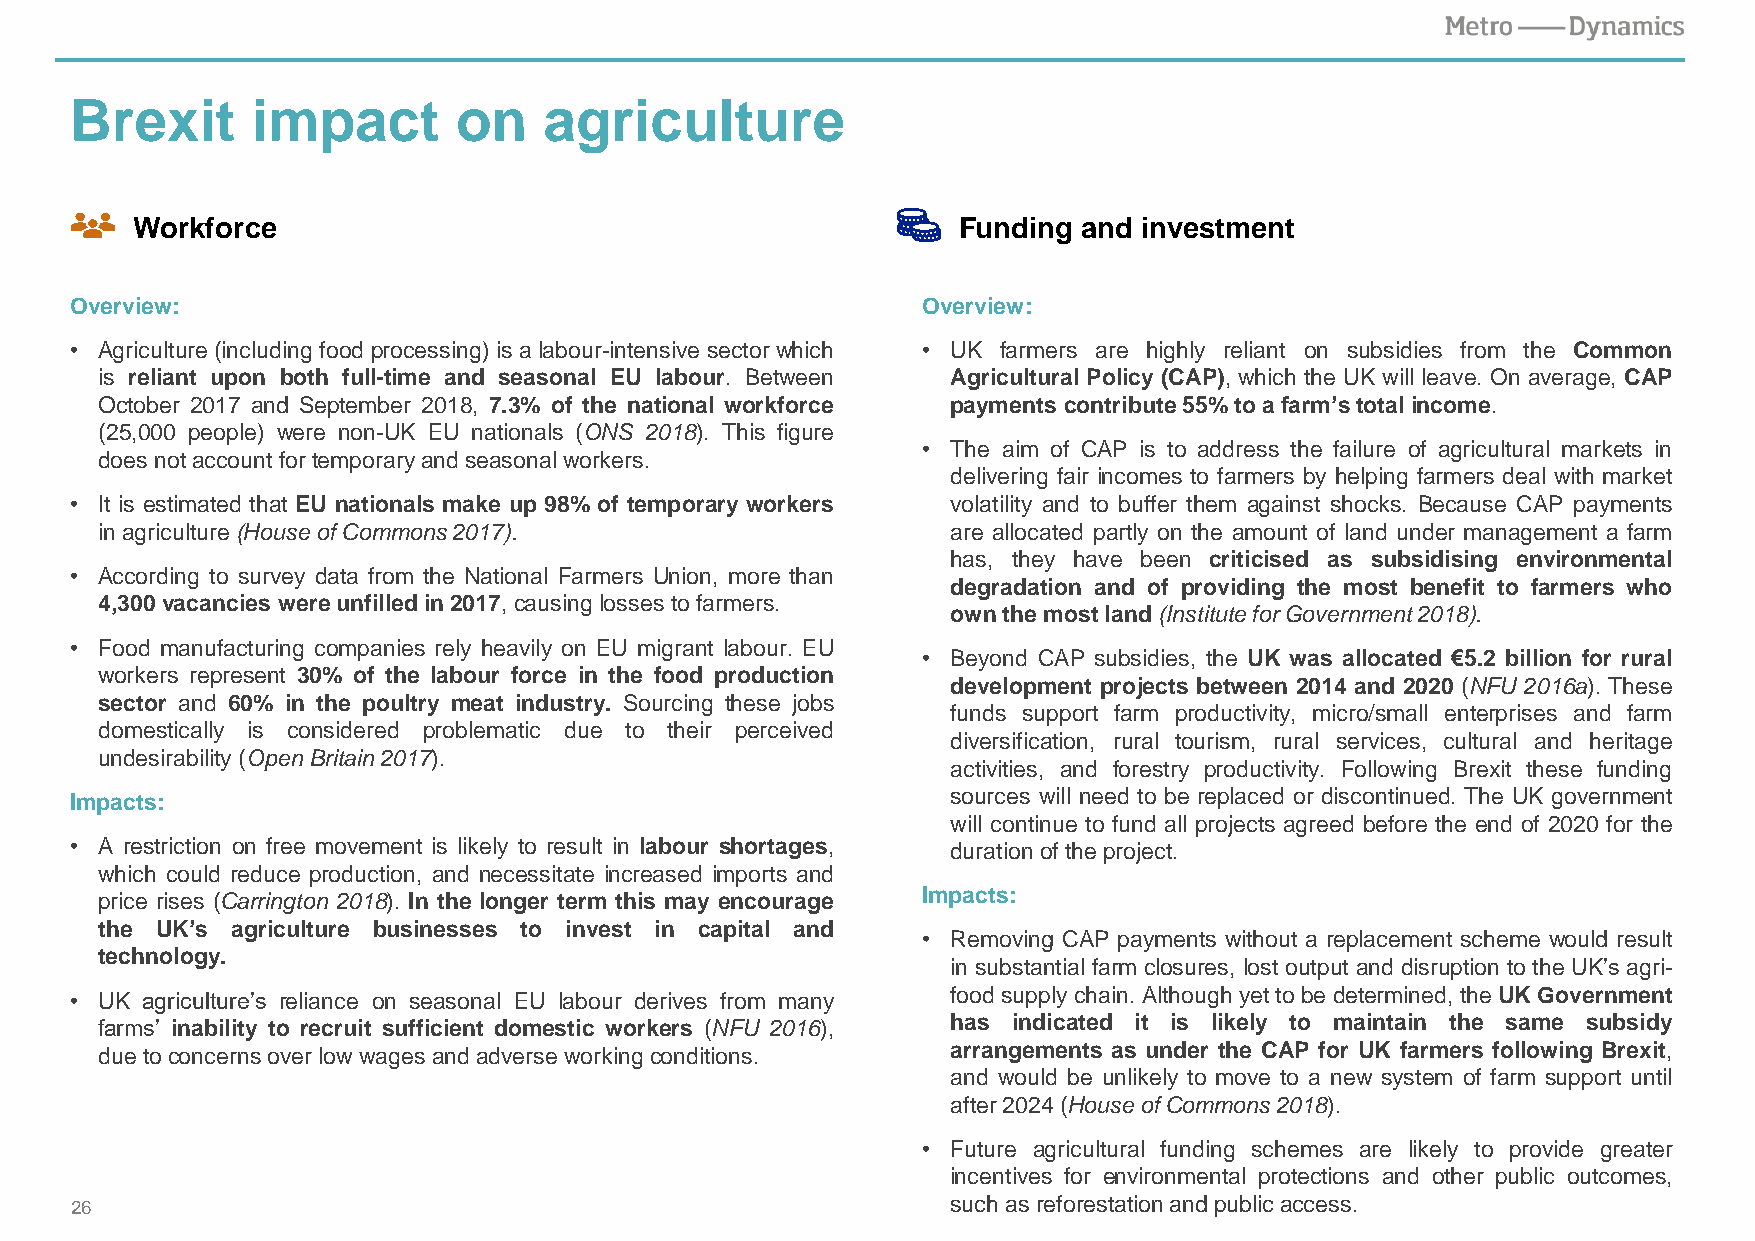
Brexit      impact       on    agriculture
 Workforce                                             Funding  and investment
 Overview:                                               Overview:
 • Agriculture (including food processing) is a labour-intensive sector which • UK farmers are highly reliant on subsidies from the Common
 is reliant upon both full-time and seasonal EU labour. Between Agricultural Policy (CAP), which the UK will leave. On average, CAP
 October 2017 and September 2018, 7.3% of the national workforce payments contribute55%toafarm’stotalincome.
 (25,000 people) were non-UK EU nationals (ONS 2018). This figure
 • The aim of CAP is to address the failure of agricultural markets in
 doesnotaccountfortemporaryandseasonalworkers.
 delivering fair incomes to farmers by helping farmers deal with market
 • It is estimated that EU nationals make up 98% of temporary workers volatility and to buffer them against shocks. Because CAP payments
 in agriculture(HouseofCommons2017).                      are allocated partly on the amount of land under management a farm
 has, they have been criticised as subsidising environmental
 • According to survey data from the National Farmers Union, more than
 degradation and of providing the most benefit to farmers who
 4,300vacancies wereunfilledin2017,causing losses tofarmers.
 ownthemostland(InstituteforGovernment2018).
 • Food manufacturing companies rely heavily on EU migrant labour. EU
 • Beyond CAP subsidies, the UK was allocated €5.2 billion for rural
 workers represent 30% of the labour force in the food production
 development projects between 2014 and 2020 (NFU 2016a). These
 sector and 60% in the poultry meat industry. Sourcing these jobs
 funds support farm productivity, micro/small enterprises and farm
 domestically is considered problematic due to their perceived
 diversification, rural tourism, rural services, cultural and heritage
 undesirability (OpenBritain 2017).
 activities, and forestry productivity. Following Brexit these funding
 Impacts:                                                  sources will need to be replaced or discontinued. The UK government
 will continue to fund all projects agreed before the end of 2020 for the
 • A restriction on free movement is likely to result in labour shortages, durationoftheproject.
 which could reduce production, and necessitate increased imports and
 price rises (Carrington 2018). In the longer term this may encourage Impacts:
 the UK’s agriculture businesses to invest in capital and
 • Removing CAP payments without a replacement scheme would result
 technology.
 in substantial farm closures, lost output and disruption to the UK’s agri-
 • UK agriculture’s reliance on seasonal EU labour derives from many foodsupplychain. Althoughyettobe determined,theUK Government
 farms’ inability to recruit sufficient domestic workers (NFU 2016), has indicated it is likely to maintain the same subsidy
 duetoconcernsover low wages andadverse workingconditions. arrangements as under the CAP for UK farmers following Brexit,
 and would be unlikely to move to a new system of farm support until
 after2024(HouseofCommons2018).
 • Future agricultural funding schemes are likely to provide greater
 incentives for environmental protections and other public outcomes,
 26                                                        suchasreforestationandpublic access.